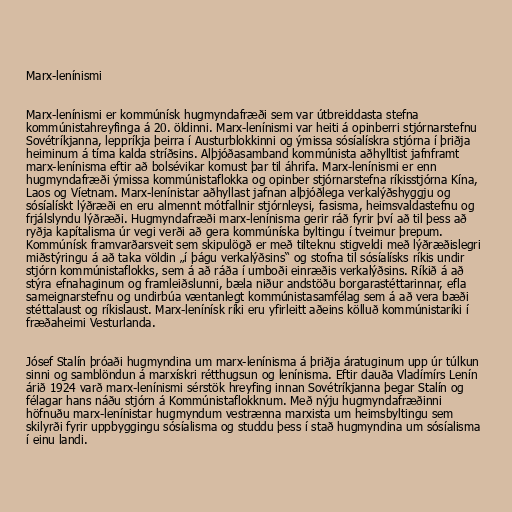
Marx-lenínismi

Marx-lenínismi er kommúnísk hugmyndafræði sem var útbreiddasta stefna
kommúnistahreyfinga á 20. öldinni. Marx-lenínismi var heiti á opinberri stjórnarstefnu
Sovétríkjanna, leppríkja þeirra í Austurblokkinni og ýmissa sósíalískra stjórna í þriðja
heiminum á tíma kalda stríðsins. Alþjóðasamband kommúnista aðhylltist jafnframt
marx-lenínisma eftir að bolsévikar komust þar til áhrifa. Marx-lenínismi er enn
hugmyndafræði ýmissa kommúnistaflokka og opinber stjórnarstefna ríkisstjórna Kína,
Laos og Víetnam. Marx-lenínistar aðhyllast jafnan alþjóðlega verkalýðshyggju og
sósíalískt lýðræði en eru almennt mótfallnir stjórnleysi, fasisma, heimsvaldastefnu og
frjálslyndu lýðræði. Hugmyndafræði marx-lenínisma gerir ráð fyrir því að til þess að
ryðja kapítalisma úr vegi verði að gera kommúníska byltingu í tveimur þrepum.
Kommúnísk framvarðarsveit sem skipulögð er með tilteknu stigveldi með lýðræðislegri
miðstýringu á að taka völdin „í þágu verkalýðsins“ og stofna til sósíalísks ríkis undir
stjórn kommúnistaflokks, sem á að ráða í umboði einræðis verkalýðsins. Ríkið á að
stýra efnahaginum og framleiðslunni, bæla niður andstöðu borgarastéttarinnar, efla
sameignarstefnu og undirbúa væntanlegt kommúnistasamfélag sem á að vera bæði
stéttalaust og ríkislaust. Marx-lenínísk ríki eru yfirleitt aðeins kölluð kommúnistaríki í
fræðaheimi Vesturlanda.

Jósef Stalín þróaði hugmyndina um marx-lenínisma á þriðja áratuginum upp úr túlkun
sinni og samblöndun á marxískri rétthugsun og lenínisma. Eftir dauða Vladímírs Lenín
árið 1924 varð marx-lenínismi sérstök hreyfing innan Sovétríkjanna þegar Stalín og
félagar hans náðu stjórn á Kommúnistaflokknum. Með nýju hugmyndafræðinni
höfnuðu marx-lenínistar hugmyndum vestrænna marxista um heimsbyltingu sem
skilyrði fyrir uppbyggingu sósíalisma og studdu þess í stað hugmyndina um sósíalisma
í einu landi.